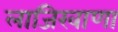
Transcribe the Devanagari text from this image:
लाजिरवाणा